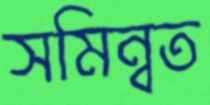
সমিন্বত